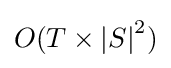
O(T\times \left|{S}\right|^{2})